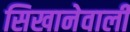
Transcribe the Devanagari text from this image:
सिखानेवाली